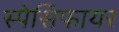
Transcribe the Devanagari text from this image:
स्पेसिफायर